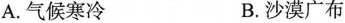
A.气候寒冷 B.沙漠广布